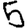
Digit: 5